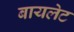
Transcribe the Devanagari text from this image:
बायलेट